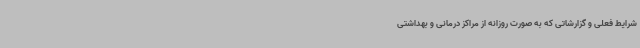
شرایط فعلی و گزارشاتی که به صورت روزانه از مراکز درمانی و بهداشتی